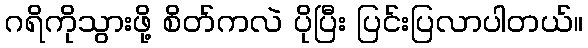
ဂရိကိုသွားဖို့ စိတ်ကလဲ ပိုပြီး ပြင်းပြလာပါတယ်။